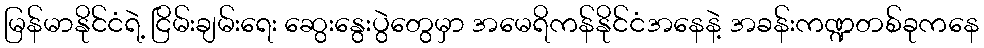
မြန်မာနိုင်ငံရဲ့ ငြိမ်းချမ်းရေး ဆွေးနွေးပွဲတွေမှာ အမေရိကန်နိုင်ငံအနေနဲ့ အခန်းကဏ္ဍတစ်ခုကနေ